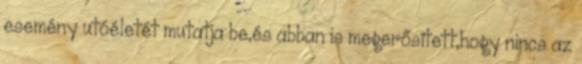
esemény utóéletét mutatja be,és abban is megerősített,hogy nincs az